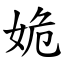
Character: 姽